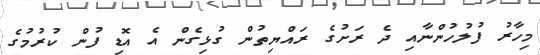
މިހާރު ފުލުހުންނާއި ދެ ރަށުގެ ރައްޔިތުން ގުޅިގެން އެ އޮޑި ފުން ކުރުމުގެ